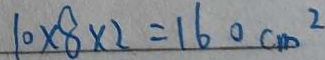
1 0 \times 8 \times 2 = 1 6 0 c m ^ { 2 }